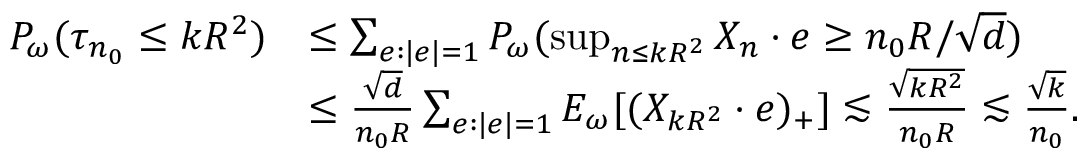
\begin{array} { r l } { P _ { \omega } ( \tau _ { n _ { 0 } } \le k R ^ { 2 } ) } & { \le \sum _ { e : | e | = 1 } P _ { \omega } ( \operatorname* { s u p } _ { n \le k R ^ { 2 } } X _ { n } \cdot e \ge n _ { 0 } R / \sqrt { d } ) } \\ & { \le \frac { \sqrt d } { n _ { 0 } R } \sum _ { e : | e | = 1 } E _ { \omega } [ ( X _ { k R ^ { 2 } } \cdot e ) _ { + } ] \lesssim \frac { \sqrt { k R ^ { 2 } } } { n _ { 0 } R } \lesssim \frac { \sqrt k } { n _ { 0 } } . } \end{array}